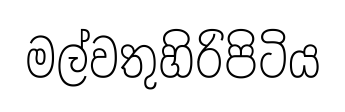
මල්වතුහිරිපිටිය